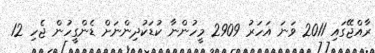
ރާއްޖޭގައި 2011 ވަނަ އަހަރު 2909 މީހުންނާ ކުޑަކުދިންނަށް ޑެންގީހުން ޖެހި 12